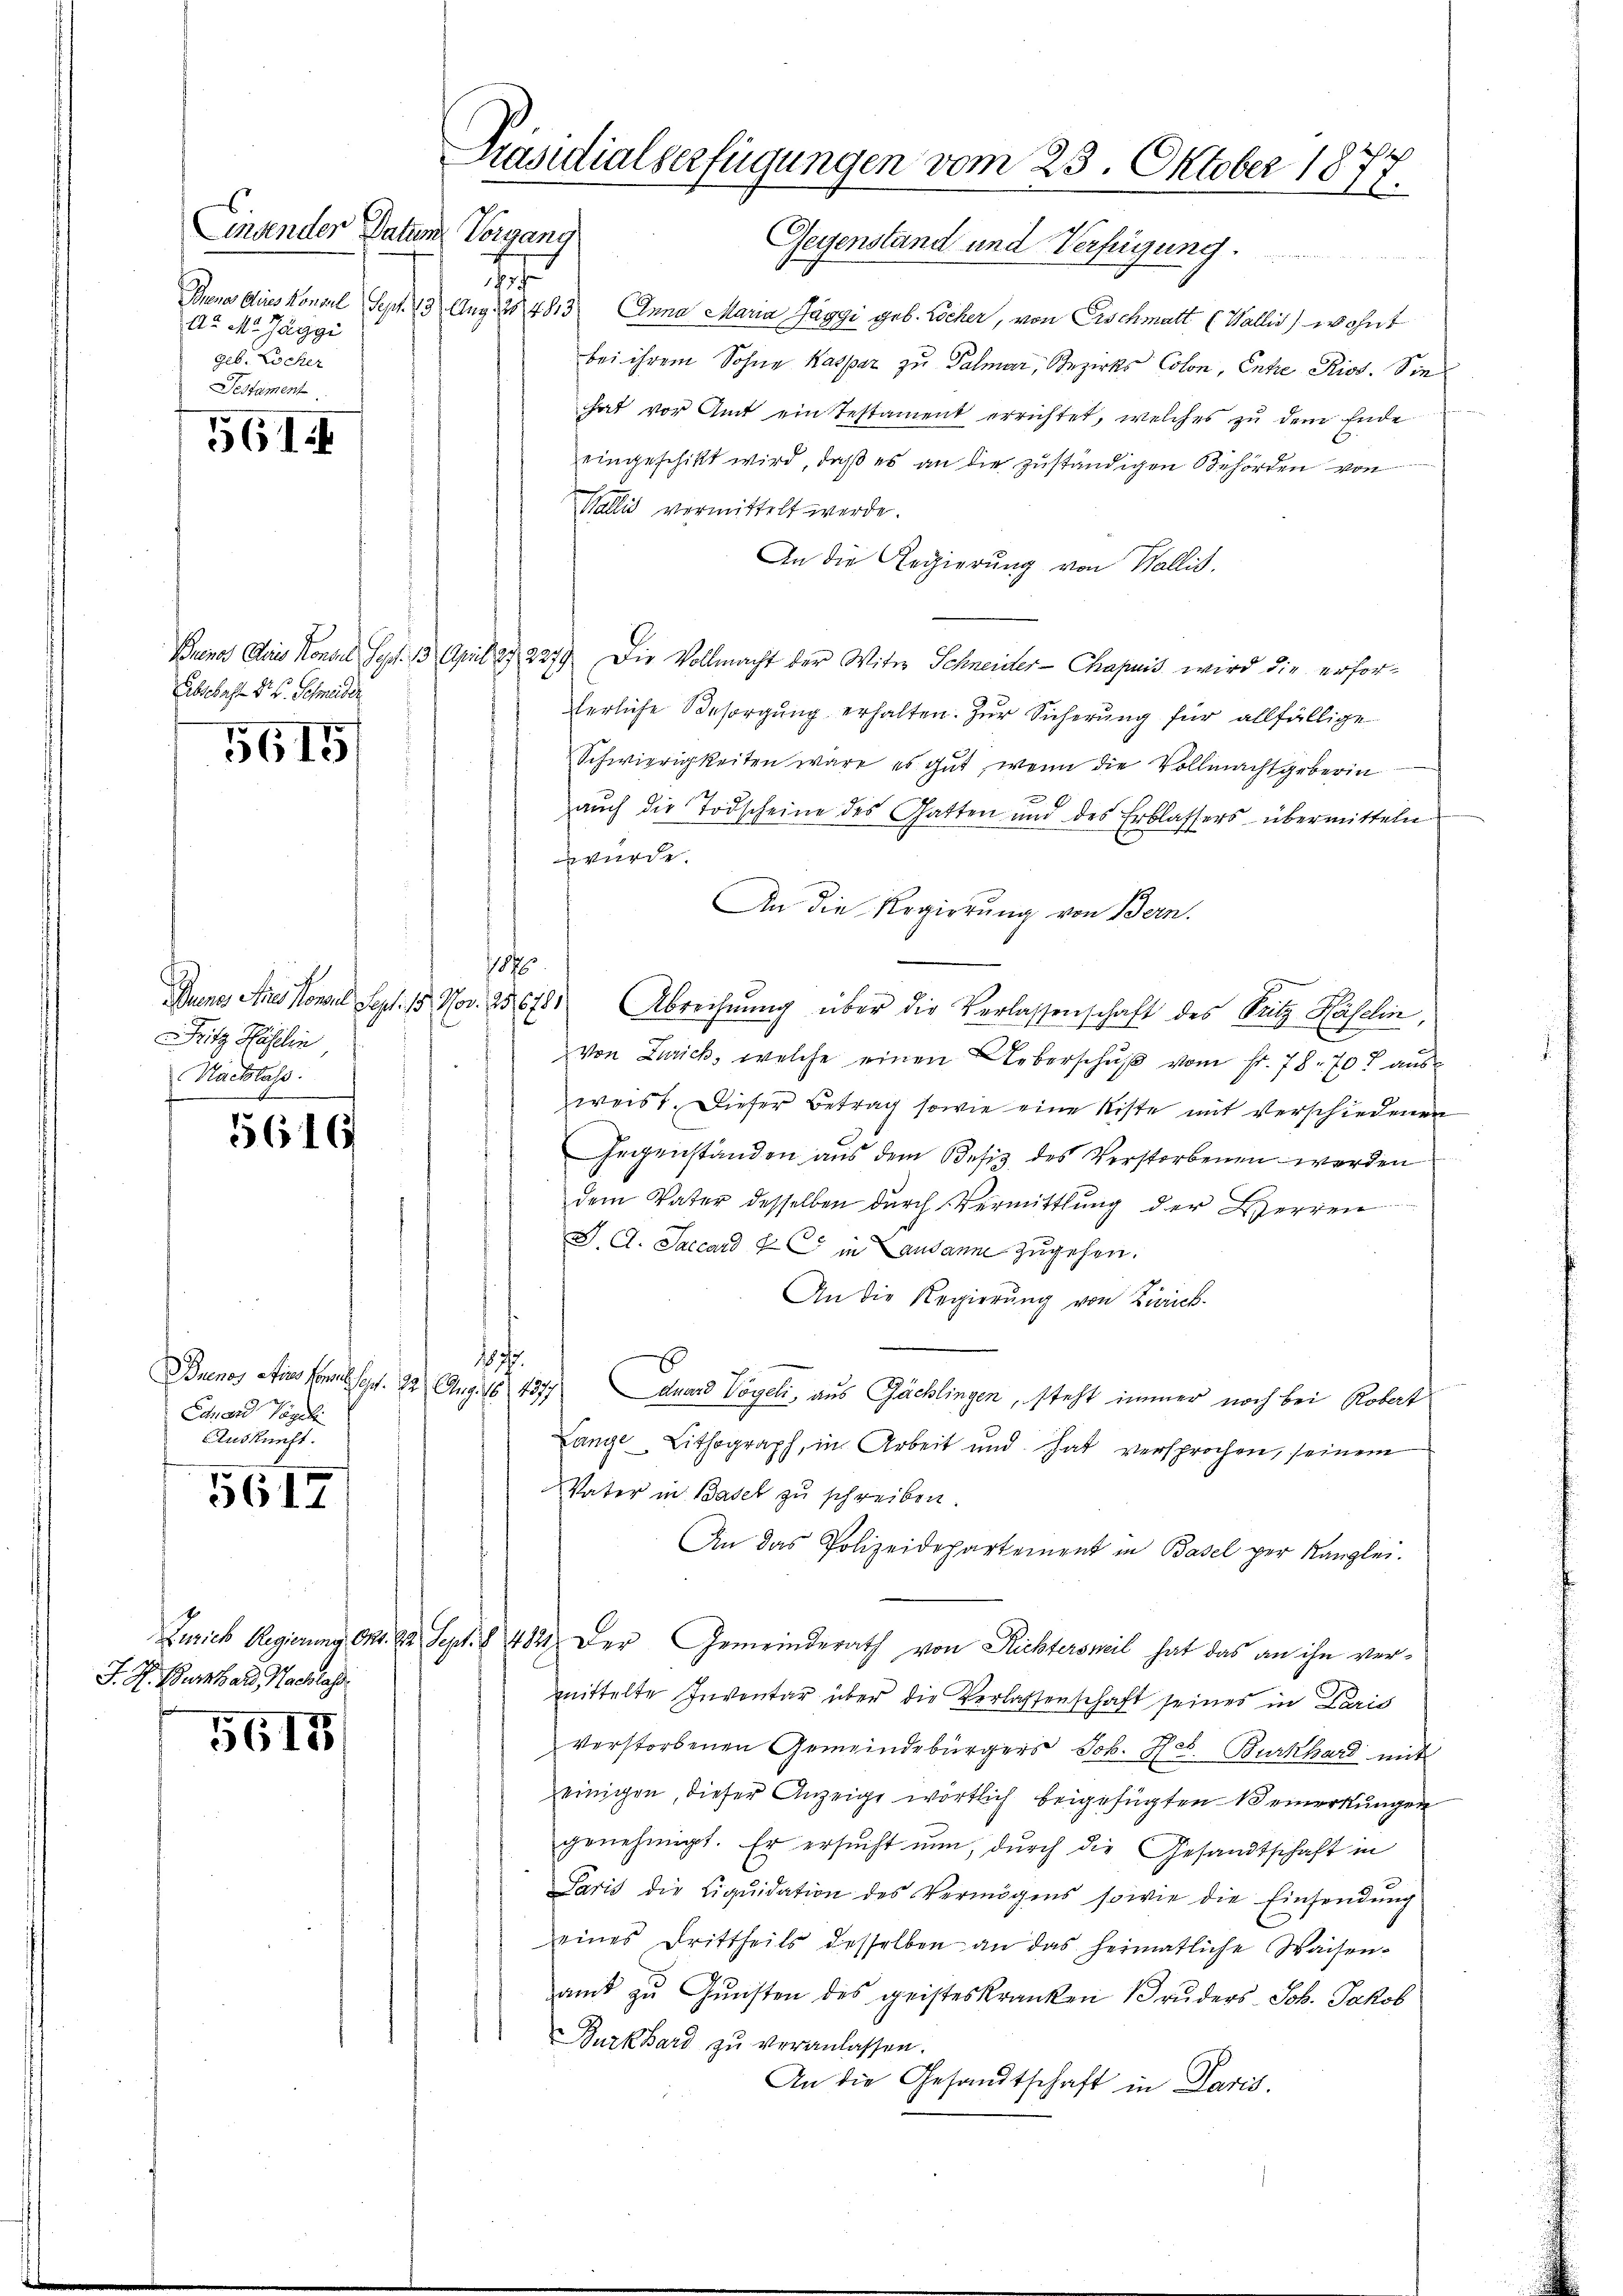
Linsender Datum
E
Aa M. Jaggi
geb. Locher
Testament

561

Abschaft d. B. Schmeider

5615

Fritz Häslin
Nachlass

5616

Canard Vogel
Auskunft.

5617

J. H. Burkhard Nachlass

5617

Gegenstand und Verfügung.
Buenos Aires Konsel, Sept. 13 Aug. 28. 4813 Anna Maria Jaggi geb. Löcher, von Fischmatt (Wallis, wohnt
bei ihrem Sohne Kaspar zu Palmar, Bezirks Colon, Entre Riss. Sie
hat vor Amt ein Testament errichtet, welches zu dem Ende
eingeschikt wird, daß es an die zuständigen Behörden von
Wallis vermittelt werde.
An die Regierung von Wallis.
Buenos Alois Konsul Sept. 13. April a. 2279. Die Vollmacht der Witwe Schneider Chapuis wird die erforerliche Besorgung erhalten. Zur Sicherung für allfällige
Schwierigkeiten wäre es gut, wenn die Vollmachtgeberin
aŭch die Todscheine des Gatten und des Erblassers übermitteln
würde.
An die Regierung von Bern.
b
Dunes Aues Konsul Sept. 15. Nov. 256781 Abrechnŭng über die Verlassenschaft des Seitz Haselin,
von Zürich, welche einen Ueberschŭβ vom fr. 78. 707 aŭs-
weist. Dieser Betrag sowie eine Riste mit verschiedenen
Gegenständen aus dem Besiz des Verstorbenen werden
dem Vater desselben durch Vermittlung der Herren
J. C. Saccard 7 in andann zugehen.
An die Regierung von Zwick
1825.
Buenos Ain Formessert. 12. Aug. 16. 4577 duard Vogeli, aus Gächlingen, steht immer noch bei Robat
Lange Lithograph, in Arbeit und hat versprochen, seinem
Vater in Basel zu schreiben.
An das Polizeidepartement in Basel per Kanzlei.
Zürich Regierung Okt. 22. Sept. § 482. Der Gemeinderath von Richtersweil hat das an ihn vermittelte Inventar über die Verlassenschaft seines in Paris
verstorbenen Gemeindebürgers Joh. Hch. Burkhard mit
einigen, dieser Anzeige wörtlich beigefügten Bemerkungen
genehmigt. Er ersucht nun, durch die Gesandtschaft in
Paris die Liqŭidation des Vermögens sowie die Einsendŭng
seines Drittheils desselben an das heimatliche Waisen-
amt zŭ Gŭnsten des geisteskranken Bruders Joh. Jakob
Burkhard zu veranlassen.
An die Gesandtschaft in Paris.

Präsidialverfügungen vom 23. Oktober 1877.
Vorgang

187